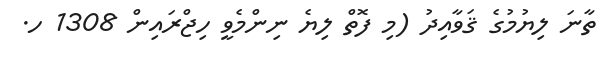
ތާނަ ލިޔުމުގެ ޤަވާއިދު (މި ފޮތް ލިޔެ ނިންމެވީ ހިޖްރައިން 1308 ހ.